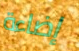
إضاءة